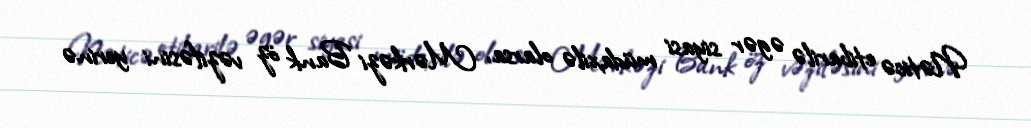
Nəticə etibarilə əgər siyasi müdaxilə olarsa, Mərkəzi Bank öz vəzifəsini yerinə